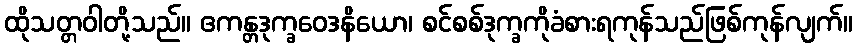
ထိုသတ္တဝါတို့သည်။ ဧကန္တဒုက္ခဝေဒနိယော၊ စင်စစ်ဒုက္ခကိုခံစားရကုန်သည်ဖြစ်ကုန်လျက်။